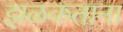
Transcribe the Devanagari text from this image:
झळकताना